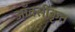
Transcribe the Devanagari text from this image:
आँक्सीकृत